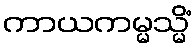
ကာယကမ္မသ္မိံ